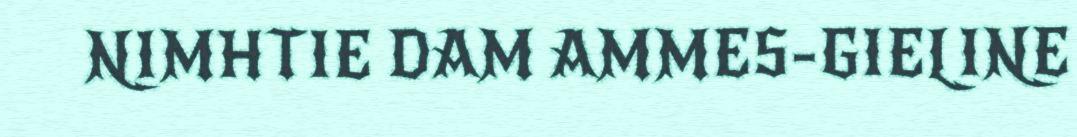
NIMHTIE DAM AMMES-GIELINE